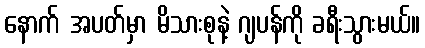
နောက် အပတ်မှာ မိသားစုနဲ့ ဂျပန်ကို ခရီးသွားမယ်။